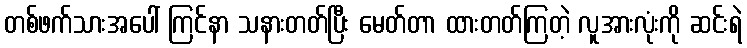
တစ်ဖက်သားအပေါ် ကြင်နာ သနားတတ်ပြီး မေတ်တာ ထားတတ်ကြတဲ့ လူအားလုံးကို ဆင်းရဲ